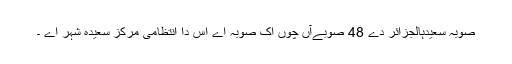
صوبہ سعیدہالجزائر دے 48 صوبےآں چوں اک صوبہ اے اس دا انتظامی مرکز سعیدہ شہر اے ۔